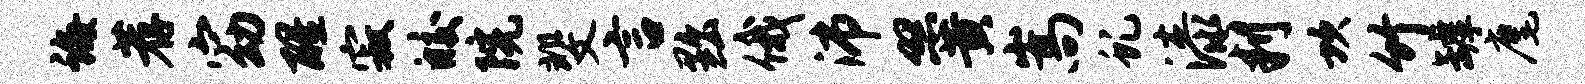
诲荐窈醒寂皎院斐言黜俄沛照黄嵩虬漆判坎竹罅麾